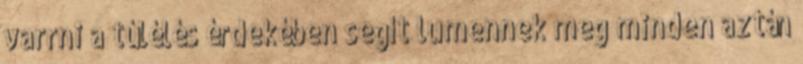
varrni a túlélés érdekében segít lumennek meg minden aztán